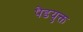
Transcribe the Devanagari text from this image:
पैडयुक्त